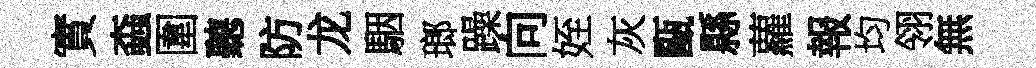
實螙圍聽防龙駰瑯躁向姪灰甌縣蘿報均翎無